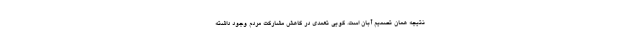
نتیجه همان تصمیم آبان است. گویی تعمدی در کاهش مشارکت مردم وجود داشته